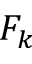
F _ { k }